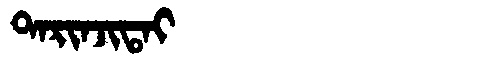
Manchu: ᡨᠠᡵᡳᠨᠵᡳᡨᠠᡳ
Romanization: TARINJITAI